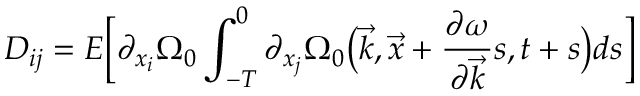
D _ { i j } = E \Big [ \partial _ { { x } _ { i } } \Omega _ { 0 } \int _ { - T } ^ { 0 } \partial _ { { x } _ { j } } \Omega _ { 0 } \big ( \vec { k } , \vec { x } + \frac { \partial \omega } { \partial \vec { k } } s , t + s \big ) d s \Big ]